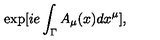
\exp [ i e \int _ { \Gamma } A _ { \mu } ( x ) d x ^ { \mu } ] ,